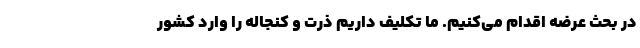
در بحث عرضه اقدام می‌کنیم. ما تکلیف داریم ذرت و کنجاله را وارد کشور